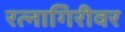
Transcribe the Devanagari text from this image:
रत्‍नागिरीवर